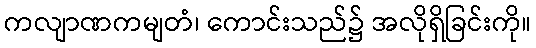
ကလျာဏကမျတံ၊ ကောင်းသည်၌ အလိုရှိခြင်းကို။